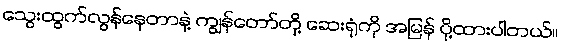
သွေးထွက်လွန်နေတာနဲ့ ကျွန်တော်တို့ ဆေးရုံကို အမြန် ပို့ထားပါတယ်။